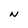
Character: N